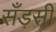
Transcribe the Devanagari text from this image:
सँड़सी